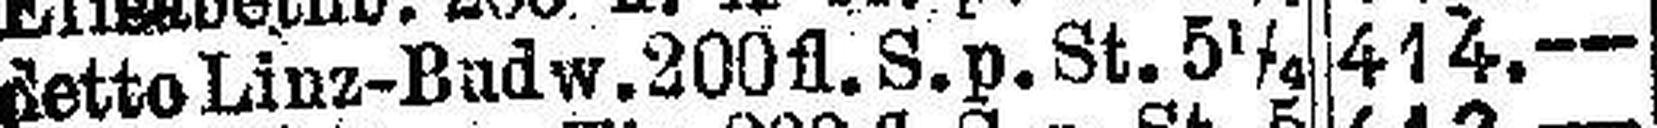
detto Linz-Budw .200fl. S.p. St. 5¼